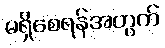
မရှိစေရန်အတွက်